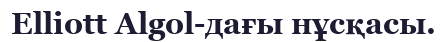
Elliott Algol-дағы нұсқасы.